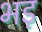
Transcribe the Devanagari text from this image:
भड़